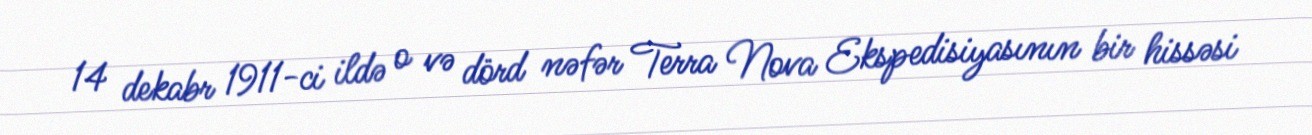
14 dekabr 1911-ci ildə o və dörd nəfər Terra Nova Ekspedisiyasının bir hissəsi